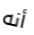
أنه